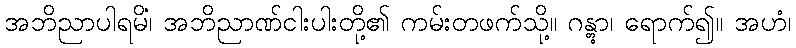
အဘိညာပါရမိံ၊ အဘိညာဏ်ငါးပါးတို့၏ ကမ်းတဖက်သို့။ ဂန္တွာ၊ ရောက်၍။ အဟံ၊